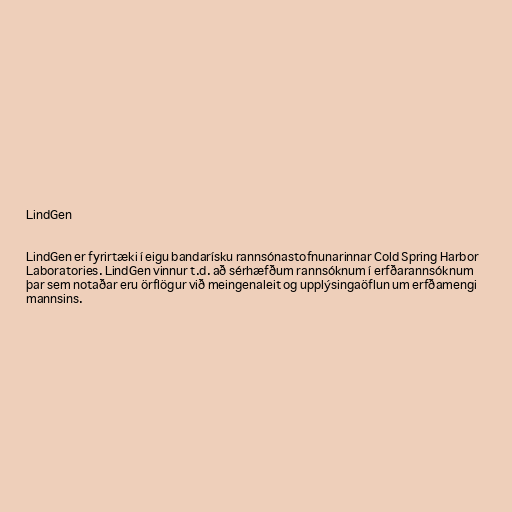
LindGen

LindGen er fyrirtæki í eigu bandarísku rannsónastofnunarinnar Cold Spring Harbor
Laboratories. LindGen vinnur t.d. að sérhæfðum rannsóknum í erfðarannsóknum
þar sem notaðar eru örflögur við meingenaleit og upplýsingaöflun um erfðamengi
mannsins.